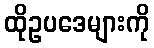
ထိုဥပဒေများကို